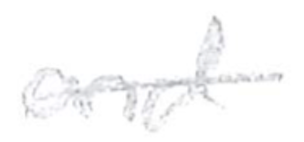
Text: and
Cross-out: single-line
Writing tool: pencil